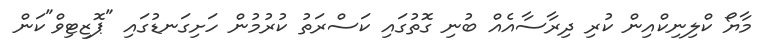
މާޔޯ ކްލިނިކްއިން ކުރި ދިރާސާއެއް ބުނި ގޮތުގައި ކަސްރަތު ކުރުމުން ހަށިގަނޑުގައި "ޕޮޒިޓިވް"ކަން